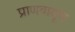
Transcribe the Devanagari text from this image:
प्राणवायूच